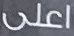
اعلى